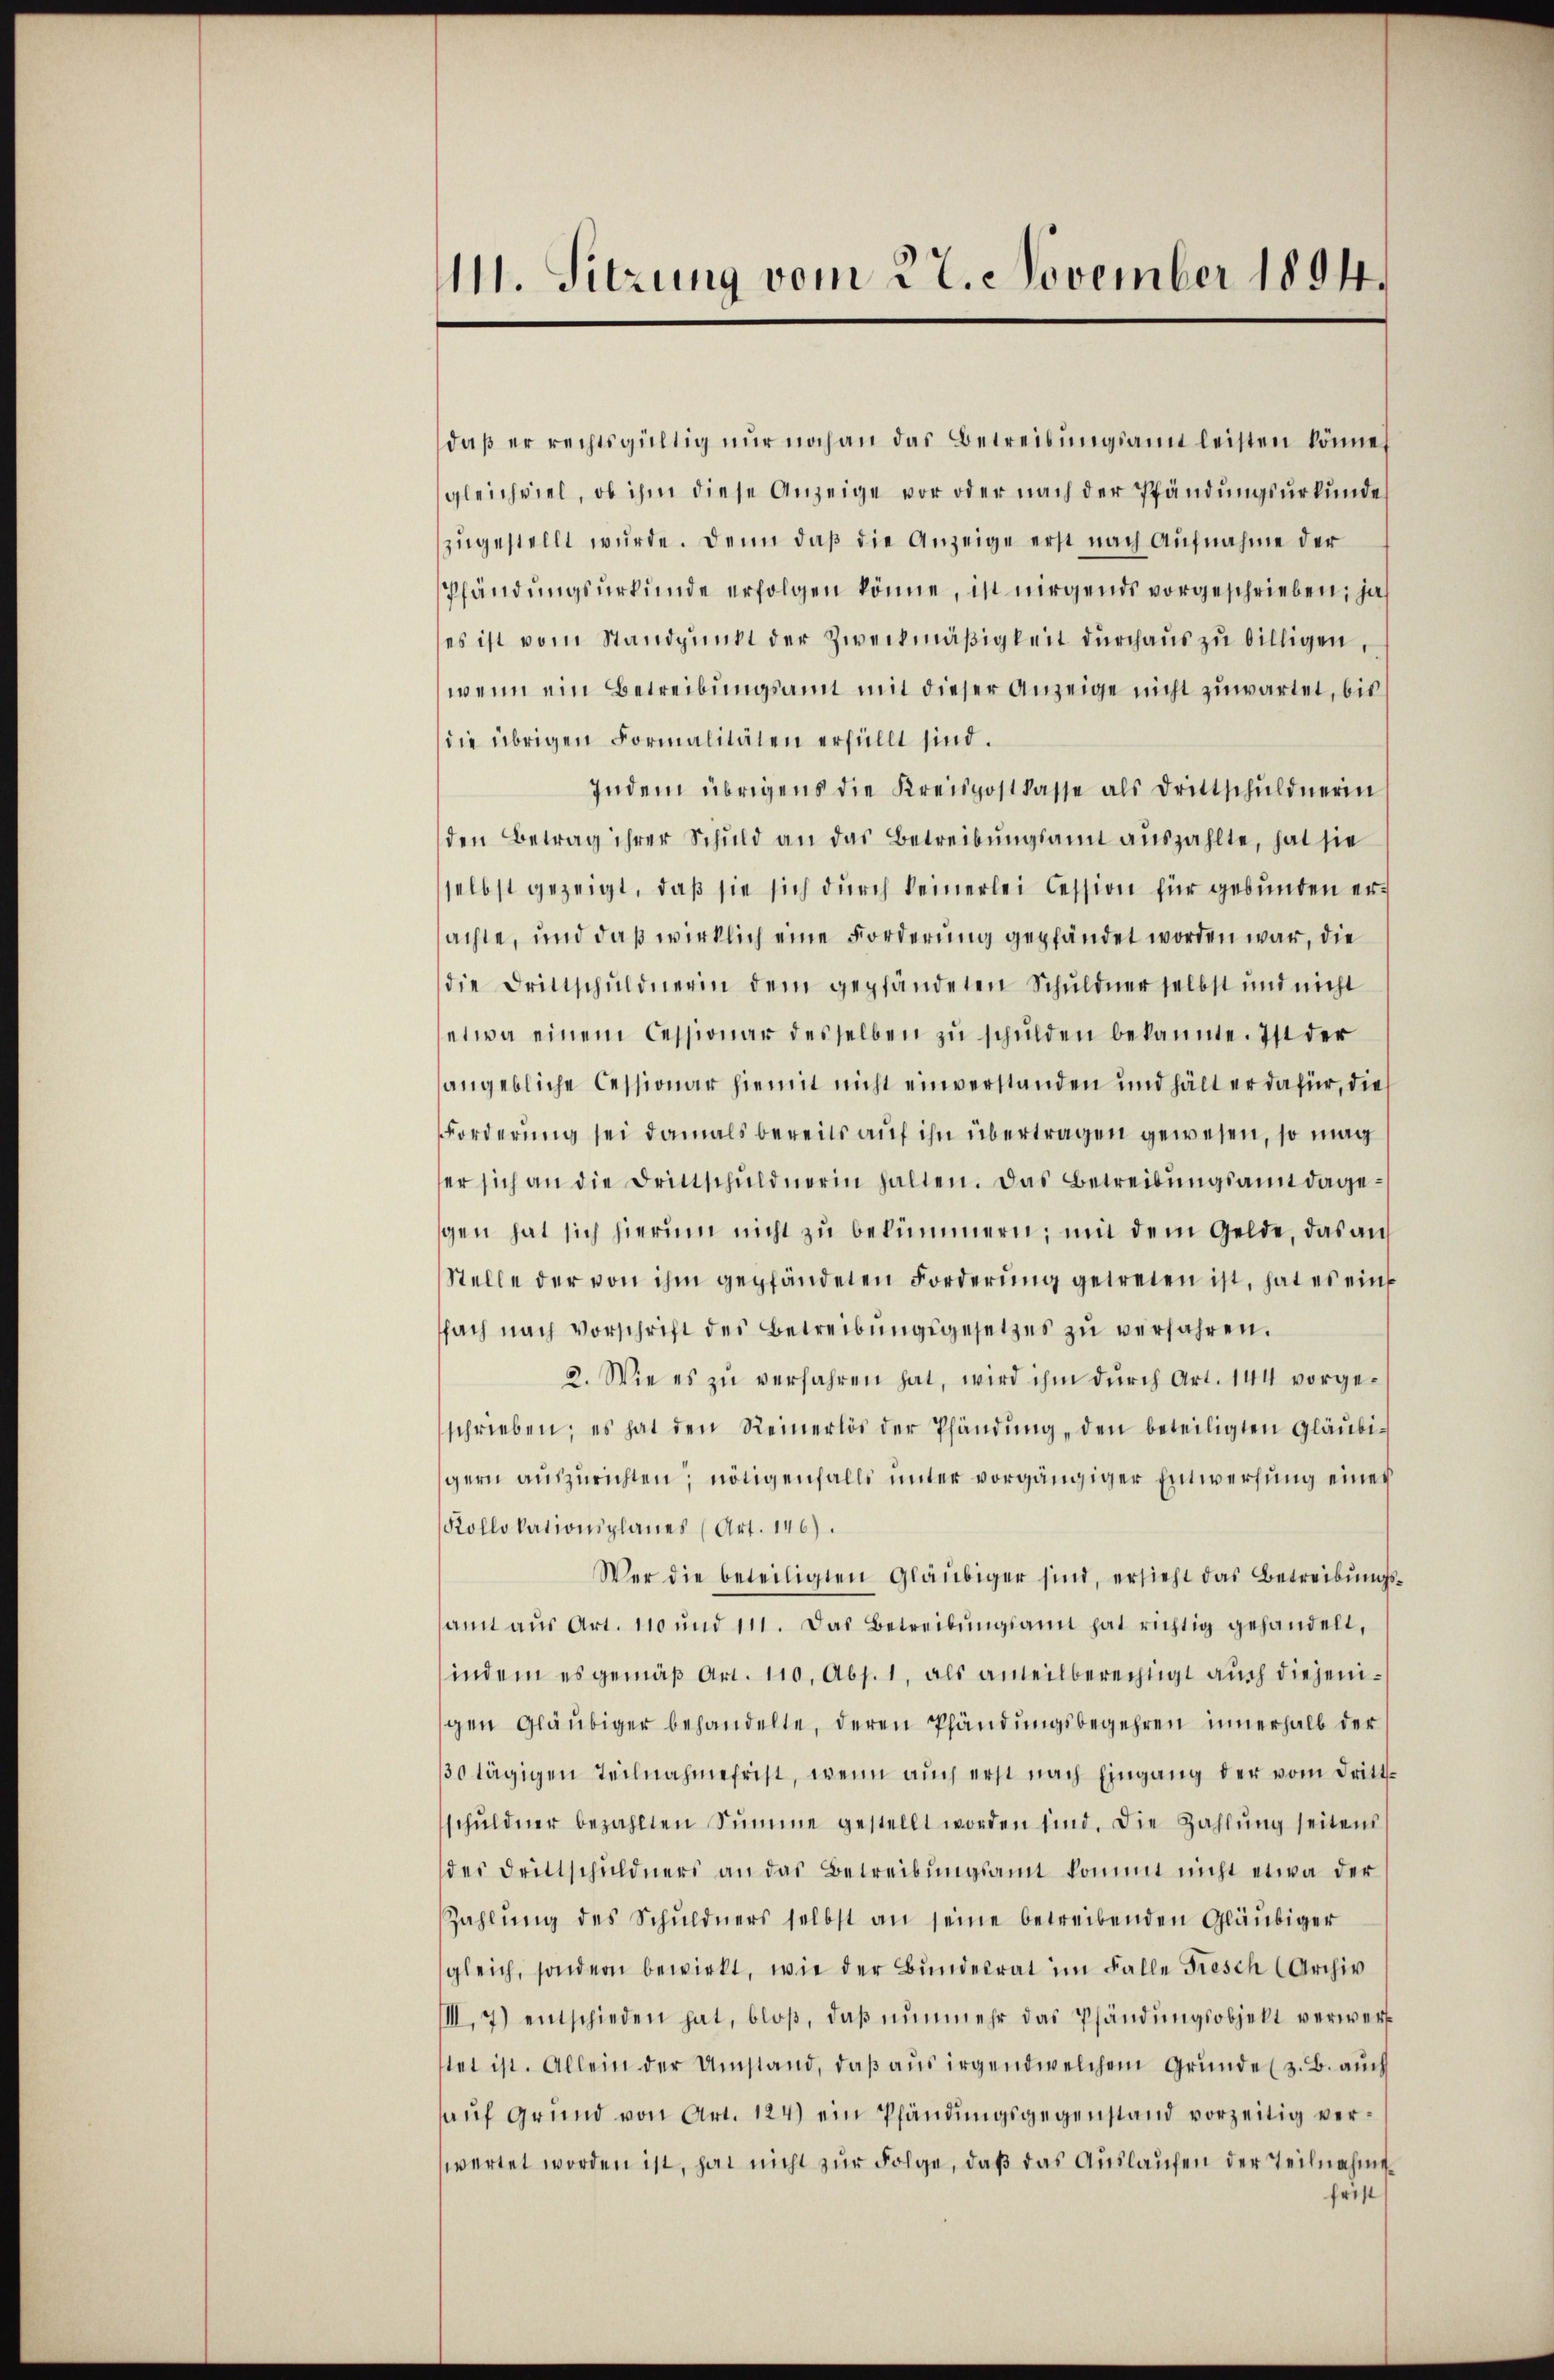
111. Sitzung vom 27. November 1894.

daß er rechtsgültig nur noch an das Betreibungsamt leisten können
gleichviel, ob ihm diese Anzeige vor oder nach der Pfändungsurkundes
zŭgestellt wŭrde. Denn daβ die Anzeige erst nach Aufnahme der
Pfändungsurkunde erfolgen könne, ist nirgends vorgeschrieben; ja
es ist vom Standpunkt der Zweckmäßigkeit durchaus zu billigen,
wenn ein Betreibungsamt mit dieser Anzeige nicht zuwartet, bis
die übrigen Formalitäten erfüllt sind.
Indem übrigens die Kreispostkasse als Drittschuldnerin
den Betrag ihrer Schuld an das Betreibungsamt auszahlte, hat sie
selbst gezeigt, daß sie sich durch keinerlei Cession für gebunden ersachte, und daß wirklich eine Forderung gepfändet worden war, die
die Drittschŭldnerin dem gepfändeten Schuldnerselbst und nicht
etwa einem Cessionar desselben zŭ schŭlden bekannte. Ist der
angebliche Cessionar hiemit nicht einverstanden und hält er dafür, die
Forderung sei damals bereits auf ihn übertragen gewesen, so mag
er sich an die Drittschŭldnerin halten. Das Betreibŭngsamt dagegen hat sich hierum nicht zu bekümmern; mit dem Gelde, das an
Stelle der von ihm gepfändeten Forderŭng getreten ist, hat es ein
fach nach Vorschrift des Betreibungsgesetzes zu verfahren.
2. Wie es zu verfahren hat, wird ihm durch Art. 144 vorgeschrieben; es hat den Reinerlös der Pfändŭng, den beteiligten Gläubi-
gern auszurichten, nötigenfalls unter vorgängiger Entwerfung einer
Kollokationsplanes (Art. 146).
Wer die beteiligten Gläubiger sind, ersieht das Betreibungssamt aŭs Art. 110 und 111. Das Betreibŭngsann hat richtig gehandelt,
indem es gemäß Art. 110. Abs. 1, als anteilberechtigt auch diejenigen Gläubiger behandelte, deren Pfändungsbegehren innerhalb der
30 tägigen Teilnahmefrist, wenn aŭch erst nach Eingang der vom Drittschŭldner bezahlten Summe gestellt worden sind. Die Zahlŭng seitens
des Drittschuldners an das Betreibŭngsamt kommt nicht etwa der
Zahlŭng des Schuldners selbst an seine betreibenden Gläubiger
gleich, sondern bewirkt, wie der Bŭndesrat im Falle Fresch (Archiv
III.7) entschieden hat, bloβ, daβ nŭnmehr das Pfändungsobjekt verwerf
stet ist. Allein der Umstand, daβ aŭs irgendwelchem Grunde (z. B. auch
aŭf Grund von Art. 124) ein Pfändŭngsgegenstand vorzeitig verwartet worden ist, hat nicht zur Folge, daß das Auslaufen der Teilnahme
frist